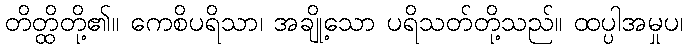
တိတ္ထိတို့၏။ ကေစိပရိသာ၊ အချို့သော ပရိသတ်တို့သည်။ ထပ္ပါအမှုပ၊